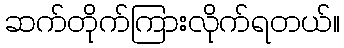
ဆက်တိုက်ကြားလိုက်ရတယ်။